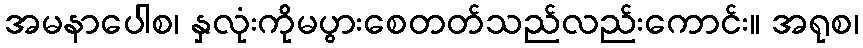
အမနာပေါစ၊ နှလုံးကိုမပွားစေတတ်သည်လည်းကောင်း။ အရုစ၊